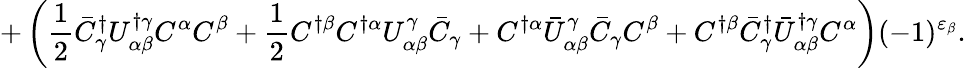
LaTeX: +\left(\frac{1}{2}\bar{C}_{\gamma}^{\dagger}U_{\alpha\beta}^{\dagger\gamma}C^{\alpha}C^{\beta}+\frac{1}{2}C^{\dagger\beta}C^{\dagger\alpha}U_{\alpha\beta}^{\gamma}\bar{C}_{\gamma}+C^{\dagger\alpha}\bar{U}_{\alpha\beta}^{\gamma}\bar{C}_{\gamma}C^{\beta}+C^{\dagger\beta}\bar{C}_{\gamma}^{\dagger}\bar{U}_{\alpha\beta}^{\dagger\gamma}C^{\alpha}\right)(-1)^{\varepsilon_{\beta}}.